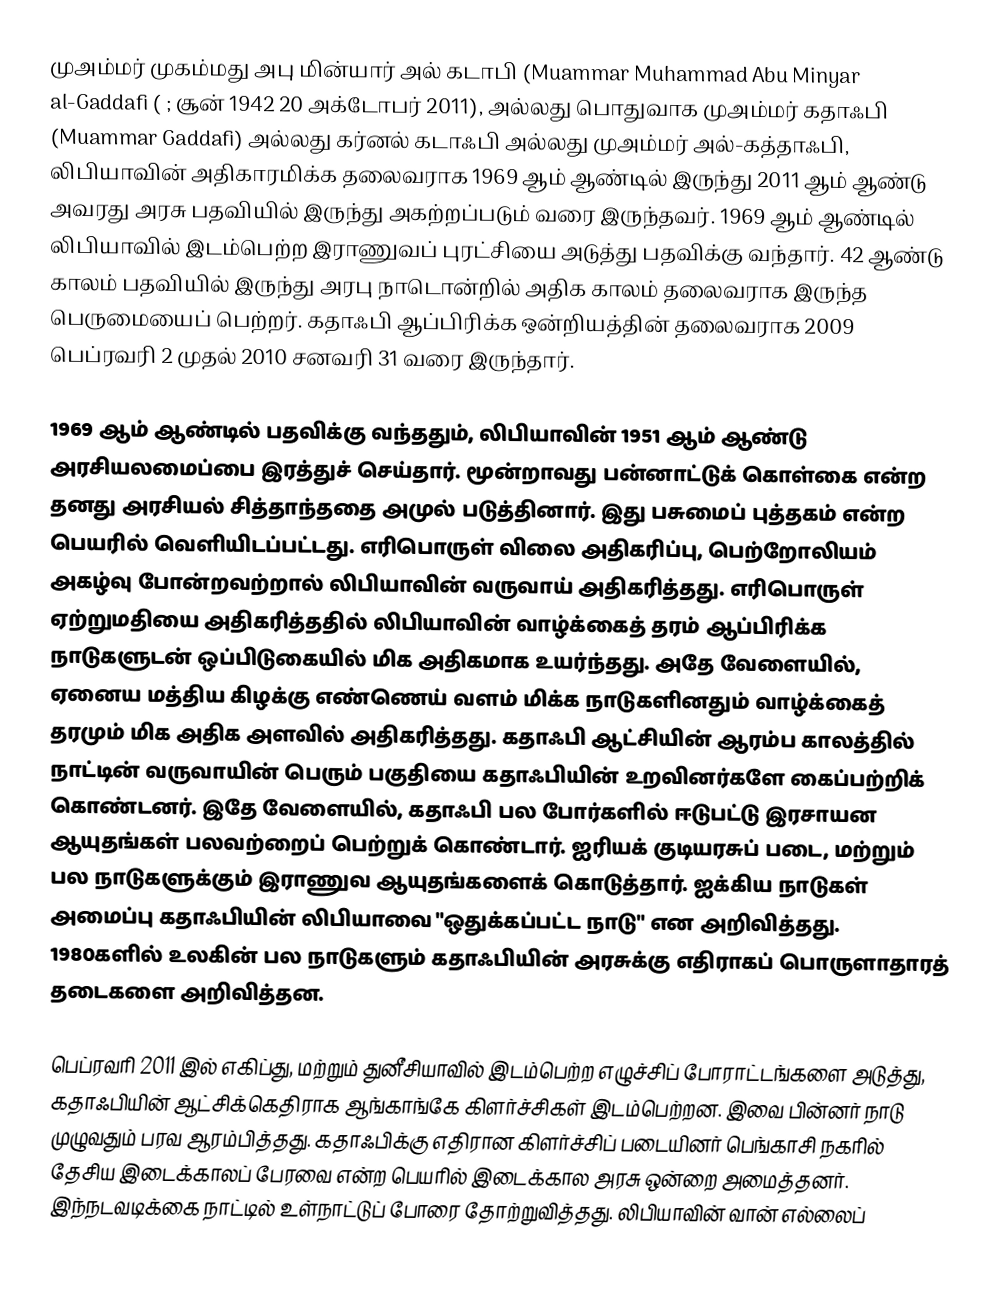
முஅம்மர் முகம்மது அபு மின்யார் அல் கடாபி  (Muammar Muhammad Abu Minyar al-Gaddafi (  ; சூன் 1942 20 அக்டோபர் 2011), அல்லது பொதுவாக முஅம்மர் கதாஃபி (Muammar Gaddafi) அல்லது கர்னல் கடாஃபி அல்லது முஅம்மர் அல்-கத்தாஃபி, லிபியாவின் அதிகாரமிக்க தலைவராக 1969 ஆம் ஆண்டில் இருந்து 2011 ஆம் ஆண்டு அவரது அரசு பதவியில் இருந்து அகற்றப்படும் வரை இருந்தவர். 1969 ஆம் ஆண்டில் லிபியாவில் இடம்பெற்ற இராணுவப் புரட்சியை அடுத்து பதவிக்கு வந்தார். 42 ஆண்டு காலம் பதவியில் இருந்து அரபு நாடொன்றில் அதிக காலம் தலைவராக இருந்த பெருமையைப் பெற்றர். கதாஃபி ஆப்பிரிக்க ஒன்றியத்தின் தலைவராக 2009 பெப்ரவரி 2 முதல் 2010 சனவரி 31 வரை இருந்தார்.

1969 ஆம் ஆண்டில் பதவிக்கு வந்ததும், லிபியாவின் 1951 ஆம் ஆண்டு அரசியலமைப்பை இரத்துச் செய்தார். மூன்றாவது பன்னாட்டுக் கொள்கை என்ற தனது அரசியல் சித்தாந்ததை அமுல் படுத்தினார். இது பசுமைப் புத்தகம் என்ற பெயரில் வெளியிடப்பட்டது. எரிபொருள் விலை அதிகரிப்பு, பெற்றோலியம் அகழ்வு போன்றவற்றால் லிபியாவின் வருவாய் அதிகரித்தது. எரிபொருள் ஏற்றுமதியை அதிகரித்ததில் லிபியாவின் வாழ்க்கைத் தரம் ஆப்பிரிக்க நாடுகளுடன் ஒப்பிடுகையில் மிக அதிகமாக உயர்ந்தது. அதே வேளையில், ஏனைய மத்திய கிழக்கு எண்ணெய் வளம் மிக்க நாடுகளினதும் வாழ்க்கைத் தரமும் மிக அதிக அளவில் அதிகரித்தது. கதாஃபி ஆட்சியின் ஆரம்ப காலத்தில் நாட்டின் வருவாயின் பெரும் பகுதியை கதாஃபியின் உறவினர்களே கைப்பற்றிக் கொண்டனர். இதே வேளையில், கதாஃபி பல போர்களில் ஈடுபட்டு இரசாயன ஆயுதங்கள் பலவற்றைப் பெற்றுக் கொண்டார். ஐரியக் குடியரசுப் படை, மற்றும் பல நாடுகளுக்கும் இராணுவ ஆயுதங்களைக் கொடுத்தார். ஐக்கிய நாடுகள் அமைப்பு கதாஃபியின் லிபியாவை "ஒதுக்கப்பட்ட நாடு" என அறிவித்தது. 1980களில் உலகின் பல நாடுகளும் கதாஃபியின் அரசுக்கு எதிராகப் பொருளாதாரத் தடைகளை அறிவித்தன.

பெப்ரவரி 2011 இல் எகிப்து, மற்றும் துனீசியாவில் இடம்பெற்ற எழுச்சிப் போராட்டங்களை அடுத்து, கதாஃபியின் ஆட்சிக்கெதிராக ஆங்காங்கே கிளர்ச்சிகள் இடம்பெற்றன. இவை பின்னர் நாடு முழுவதும் பரவ ஆரம்பித்தது. கதாஃபிக்கு எதிரான கிளர்ச்சிப் படையினர் பெங்காசி நகரில் தேசிய இடைக்காலப் பேரவை என்ற பெயரில் இடைக்கால அரசு ஒன்றை அமைத்தனர். இந்நடவடிக்கை நாட்டில் உள்நாட்டுப் போரை தோற்றுவித்தது. லிபியாவின் வான் எல்லைப்